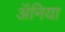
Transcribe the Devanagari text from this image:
ॲनिया